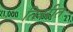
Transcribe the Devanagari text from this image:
तिबरीत